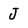
Character: J